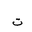
Letter: _ta